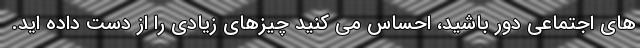
های اجتماعی دور باشید، احساس می کنید چیزهای زیادی را از دست داده اید.